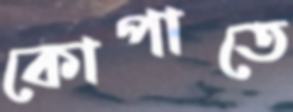
কোপাতে